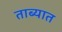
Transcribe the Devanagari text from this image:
ताब्‍यात